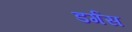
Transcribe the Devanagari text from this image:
डर्गस